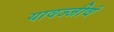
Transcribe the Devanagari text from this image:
यावज्जीवं